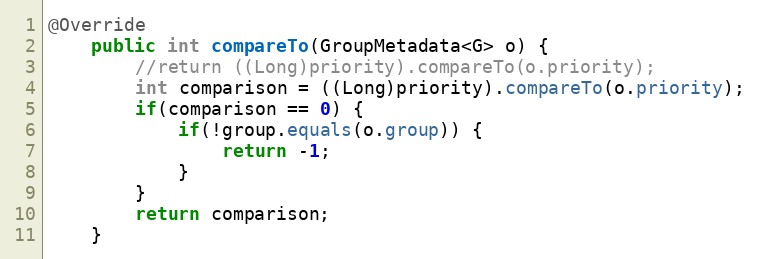
Language: Java
@Override
    public int compareTo(GroupMetadata<G> o) {
        //return ((Long)priority).compareTo(o.priority);
        int comparison = ((Long)priority).compareTo(o.priority);
        if(comparison == 0) {
            if(!group.equals(o.group)) {
                return -1;
            }
        }
        return comparison;
    }